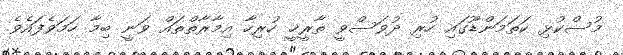
މުސްކުޅި ކަތަމަންޑޫގައި ހުރި ދުވަސްވީ ތާރީޚީ ހުރިހާ އިމާރާތްތައް ވަނީ ބިމާ ހަމަވެފައެވެ.